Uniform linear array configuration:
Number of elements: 12
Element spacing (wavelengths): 1
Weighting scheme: exponential
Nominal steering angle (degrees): -45
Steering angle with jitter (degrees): -45.184
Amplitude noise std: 0.05
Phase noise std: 0.05

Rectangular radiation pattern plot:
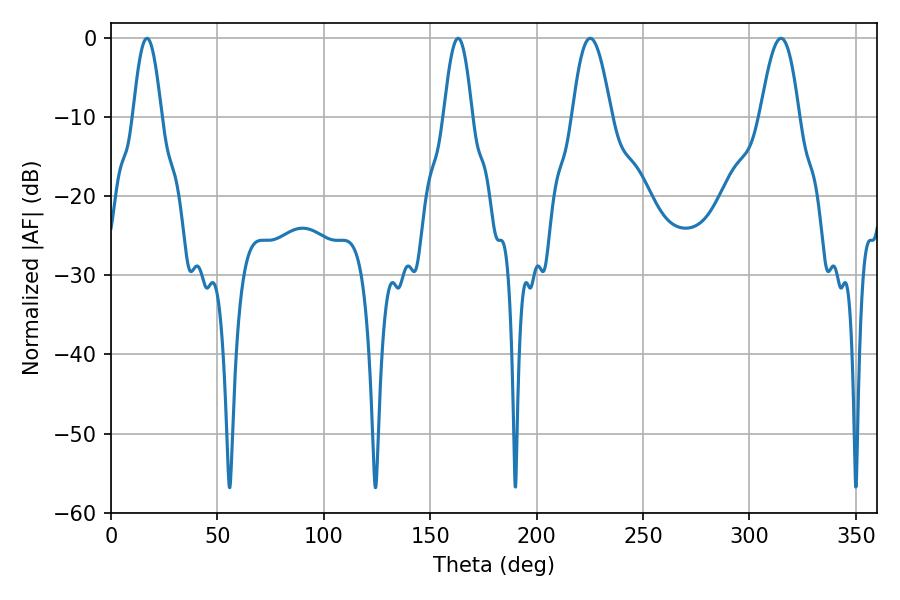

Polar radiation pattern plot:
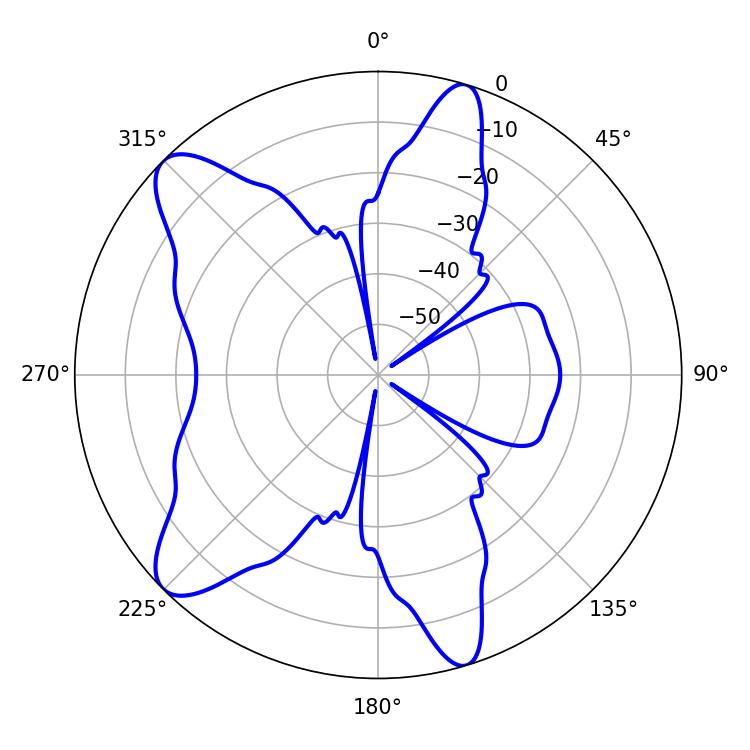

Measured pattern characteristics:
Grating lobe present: TRUE
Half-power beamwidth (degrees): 9.9
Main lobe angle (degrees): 314.82